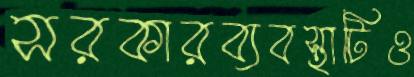
সরকারব্যবস্থাটিও